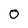
Character: 0